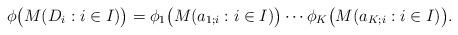
LaTeX: \begin{align*}\phi\big(M(D_i:i\in I)\big)=\phi_1\big(M(a_{1;i}:i\in I)\big)\cdots\phi_K\big(M(a_{K;i}:i\in I)\big).\end{align*}